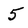
Character: 5